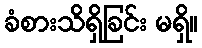
ခံစားသိရှိခြင်း မရှိ။